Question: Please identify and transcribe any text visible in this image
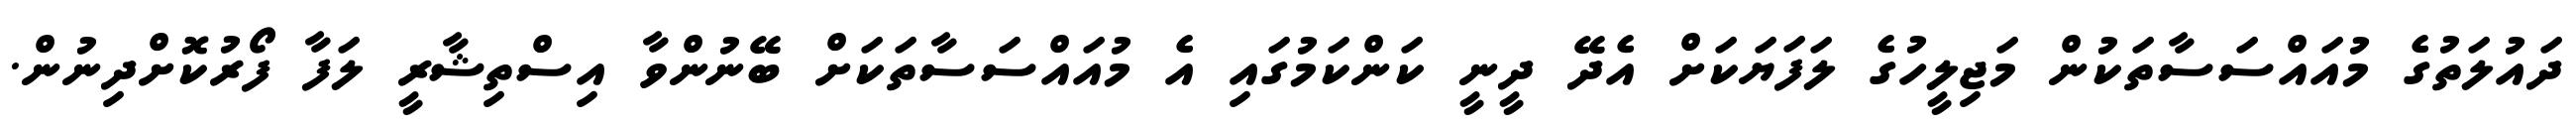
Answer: ދައުލަތުގެ މުއައްސަސާތަކުން މަޖިލީހުގެ ލަފަޔަކަށް އެދޭ ދީނީ ކަންކަމުގައި އެ މުއައްސަސާތަކަށް ބޭނުންވާ އިސްތިޝާރީ ލަފާ ފޯރުކޮށްދިނުން.